Source: Handwritten
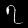
Digit: ၇ (7)